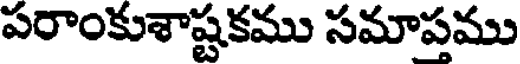
పరాంకుశాష్టకము సమాపము